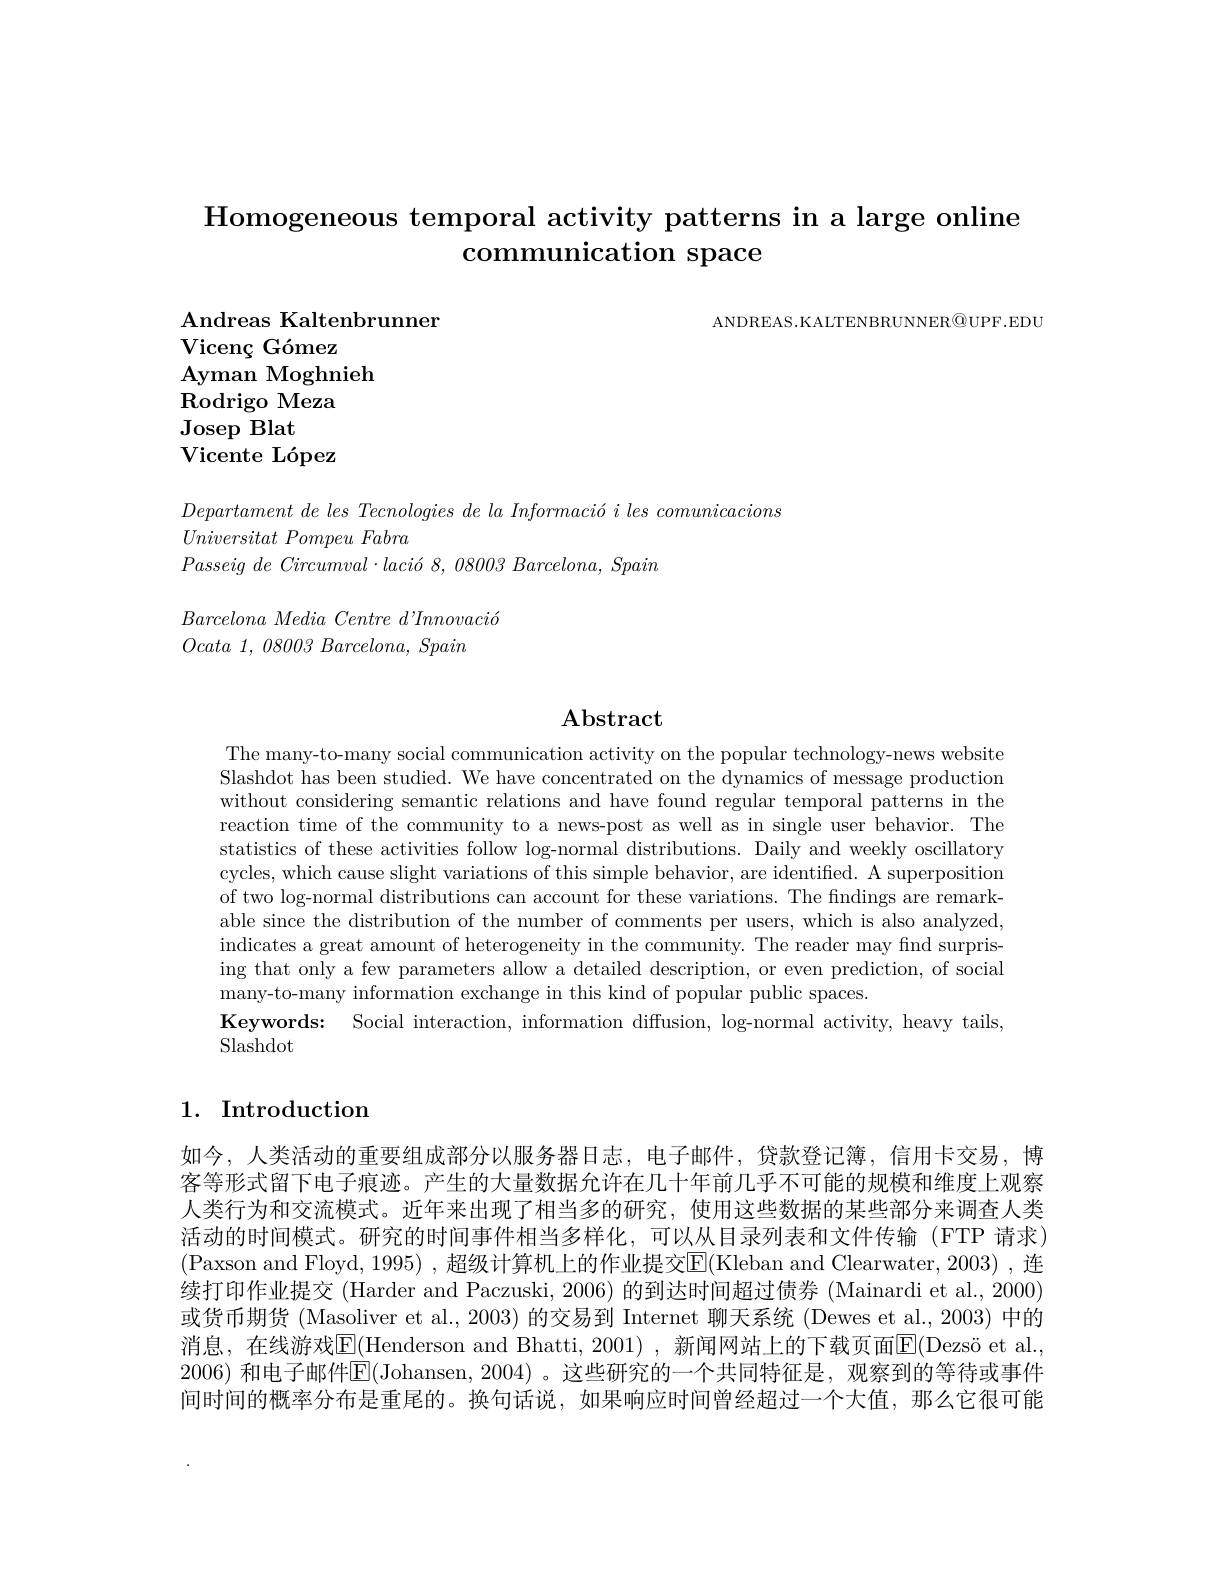
# Homogeneous temporal activity patterns in a large online communication space

ANDREAS.KALTENBRUNNER$\textcircled{\mathrm{O}}$UPF.EDU

$\mathbf{Andreas~Kaltenbrunner}$
Vicenç Gómez
$\mathbf{Ayman~Moghnieh}$
Rodrigo Meza
Josep Blat
$\textbf{Vicente L\' {o}pez}$

$Departament\textit{ de les Tecnologies de la Informaci\'{o} i les comunicacions}$
$Universitat\textit{ Pompeu Fabra}$
Passeig $de$ $Circumval\cdot laci\acute{o}$ 8, 08003 $Barcelona$, Spain

$Barcelona\textit{ Media Centre d' Innovaci\'{o} }$
$Ocata~1,~08003~Barcelona,~Spain$

## $\mathbf{Abstract}$

The many-to-many social communication activity on the popular technology-news website Slashdot has been studied. We have concentrated on the dynamics of message production without considering semantic relations and have found regular temporal patterns in the reaction time of the community to a news-post as well as in single user behavior. The statistics of these activities follow log-normal distributions. Daily and weekly oscillatory cycles, which cause slight variations of this simple behavior, are identified. A superposition of two log-normal distributions can account for these variations. The findings are remarkable since the distribution of the number of comments per users, which is also analyzed, indicates a great amount of heterogeneity in the community. The reader may find surprising that only a few parameters allow a detailed description, or even prediction, of social many-to-many information exchange in this kind of popular public spaces.
Keywords: Social interaction, information diffusion, log-normal activity, heavy tails,
Slashdot

## 1. Introduction

如今，人类活动的重要组成部分以服务器日志，电子邮件，贷款登记簿，信用卡交易，博客等形式留下电子痕迹。产生的大量数据允许在几十年前几乎不可能的规模和维度上观察人类行为和交流模式。近年来出现了相当多的研究，使用这些数据的某些部分来调查人类活动的时间模式。研究的时间事件相当多样化，可以从目录列表和文件传输(FTP 请求) (Paxson and Floyd, 1995) ,超级计算机上的作业提交E(Kleban and Clearwater, 2003) ,连续打印作业提交 (Harder and Paczuski, 2006) 的到达时间超过债券 (Mainardi et al., 2000) 或货币期货 (Masoliver et al., 2003) 的交易到 Internet 聊天系统 (Dewes et al., 2003) 中的消息，在线游戏E(Henderson and Bhatti, 2001) , 新闻网站上的下载页面E(Dezsö et al., 2006) 和电子邮件$\overline{\mathrm{E}}($Johansen, 2004) 。这些研究的一个共同特征是，观察到的等待或事件间时间的概率分布是重尾的。换句话说，如果响应时间曾经超过一个大值，那么它很可能